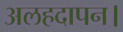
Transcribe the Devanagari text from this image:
अलहदापन।